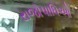
રાજોપાધિઓ